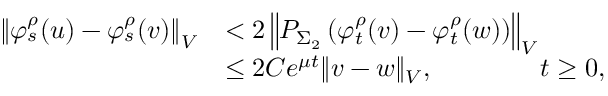
\begin{array} { r l } { \left\Vert \varphi _ { s } ^ { \rho } ( u ) - \varphi _ { s } ^ { \rho } ( v ) \right\Vert _ { V } } & { < 2 \left\Vert P _ { \Sigma _ { 2 } } \left( \varphi _ { t } ^ { \rho } ( v ) - \varphi _ { t } ^ { \rho } ( w ) \right) \right\Vert _ { V } } \\ & { \leq 2 C e ^ { \mu t } \Vert v - w \Vert _ { V } , \qquad \qquad t \geq 0 , } \end{array}